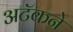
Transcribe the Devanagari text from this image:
अटॅकने